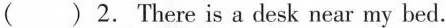
( ) 2. There is a desk near my bed.